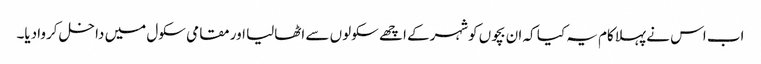
اب اس نے پہلاکام یہ کیا کہ ان بچوں کوشہرکے اچھے سکولوں سے اٹھالیا اور مقامی سکول میں داخل کروادیا۔